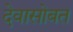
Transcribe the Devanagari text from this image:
देवासोबत